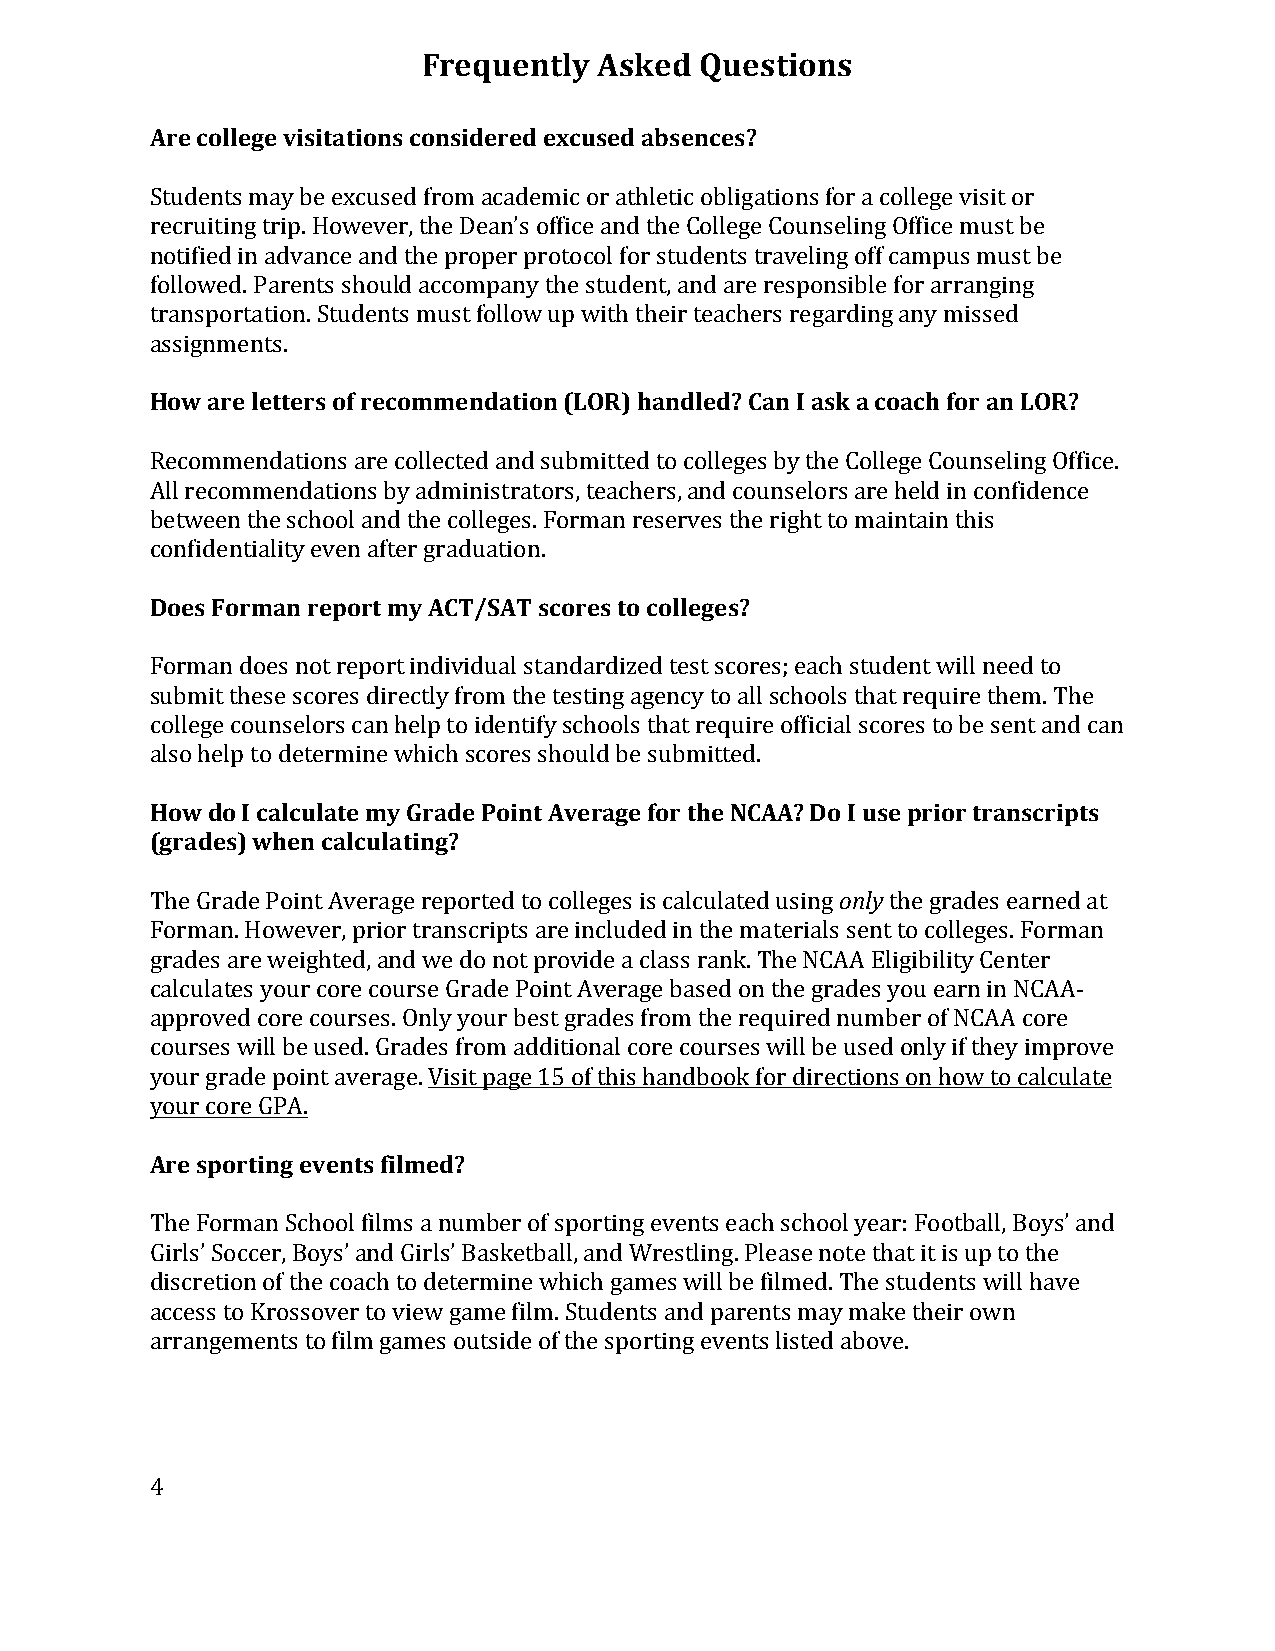
Frequently  Asked Questions
 Are college visitations considered excused absences?
 Students may be excused from academic or athletic obligations for a college visit or
 recruiting trip. However, the Dean’s office and the College Counseling Office must be
 notified in advance and the proper protocol for students traveling off campus must be
 followed. Parents should accompany the student, and are responsible for arranging
 transportation. Students must follow up with their teachers regarding any missed
 assignments.
 How are letters of recommendation (LOR) handled? Can I ask a coach for an LOR?
 Recommendations are collected and submitted to colleges by the College Counseling Office.
 All recommendations by administrators, teachers, and counselors are held in confidence
 between the school and the colleges. Forman reserves the right to maintain this
 confidentiality even after graduation.
 Does Forman report my ACT/SAT scores to colleges?
 Forman does not report individual standardized test scores; each student will need to
 submit these scores directly from the testing agency to all schools that require them. The
 college counselors can help to identify schools that require official scores to be sent and can
 also help to determine which scores should be submitted.
 How do I calculate my Grade Point Average for the NCAA? Do I use prior transcripts
 (grades) when calculating?
 The Grade Point Average reported to colleges is calculated using only the grades earned at
 Forman. However, prior transcripts are included in the materials sent to colleges. Forman
 grades are weighted, and we do not provide a class rank. The NCAA Eligibility Center
 calculates your core course Grade Point Average based on the grades you earn in NCAA-­‐
 approved core courses. Only your best grades from the required number of NCAA core
 courses will be used. Grades from additional core courses will be used only if they improve
 your grade point average. Visit page 15 of this handbook for directions on how to calculate
 your core GPA.
 Are sporting events filmed?
 The Forman School films a number of sporting events each school year: Football, Boys’ and
 Girls’ Soccer, Boys’ and Girls’ Basketball, and Wrestling. Please note that it is up to the
 discretion of the coach to determine which games will be filmed. The students will have
 access to Krossover to view game film. Students and parents may make their own
 arrangements to film games outside of the sporting events listed above.
 4